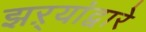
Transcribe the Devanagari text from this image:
झऱ्यांद्वारे